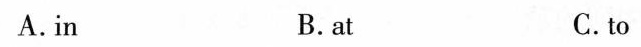
A.in B.at C.to